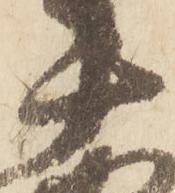
十